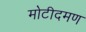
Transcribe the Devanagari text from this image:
मोटीदमण